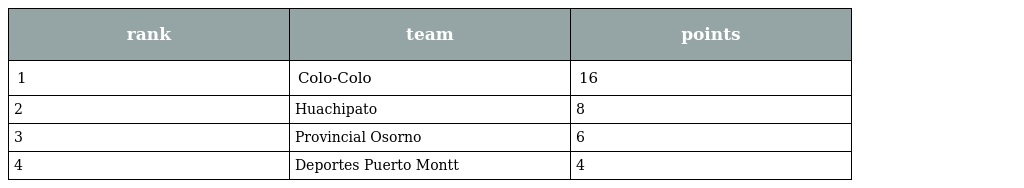
| rank | team | points |
 | --- | --- | --- |
 | 1 | Colo-Colo | 16 |
 | 2 | Huachipato | 8 |
 | 3 | Provincial Osorno | 6 |
 | 4 | Deportes Puerto Montt | 4 |